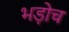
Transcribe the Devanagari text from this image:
भड़ोच